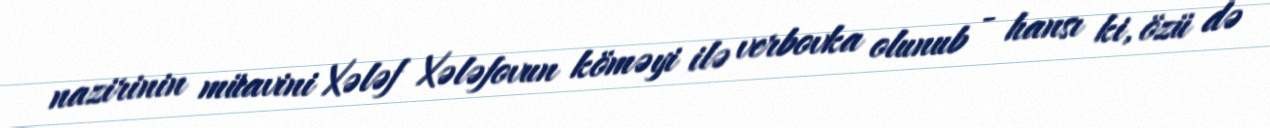
nazirinin müavini Xələf Xələfovun köməyi ilə verbovka olunub - hansı ki, özü də